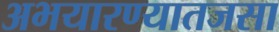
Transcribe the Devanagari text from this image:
अभयारण्यातजसा